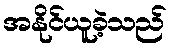
အနိုင်ယူခဲ့သည်